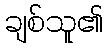
ချစ်သူ၏